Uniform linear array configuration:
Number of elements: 16
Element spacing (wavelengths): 0.75
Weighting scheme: cosine
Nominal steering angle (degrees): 30
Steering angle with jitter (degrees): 31.978
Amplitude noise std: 0.05
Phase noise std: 0.05

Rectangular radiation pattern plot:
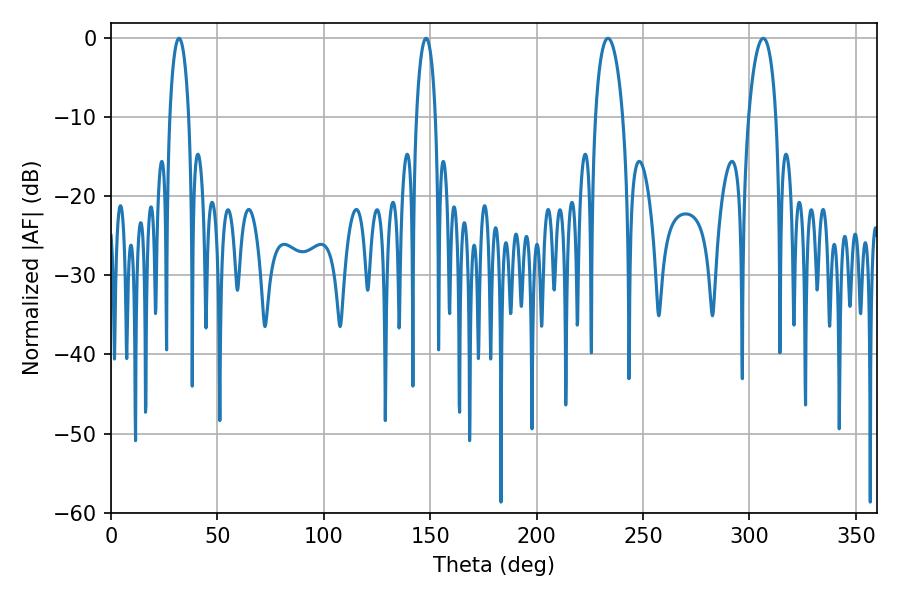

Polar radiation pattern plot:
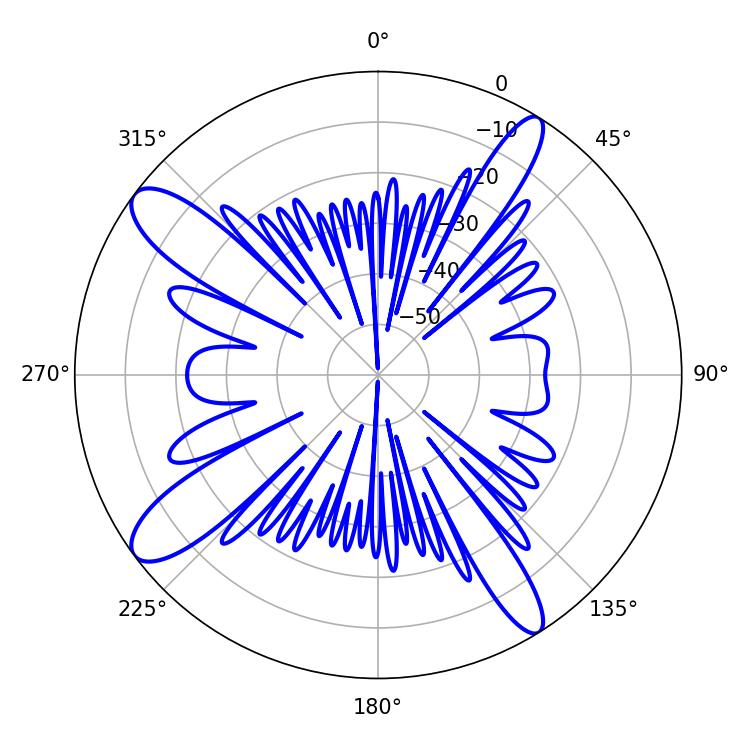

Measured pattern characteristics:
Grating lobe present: TRUE
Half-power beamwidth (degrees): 7.38
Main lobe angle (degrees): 233.46